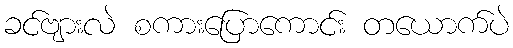
ခင်ဗျားလဲ စကားပြောကောင်း တယောက်ပဲ